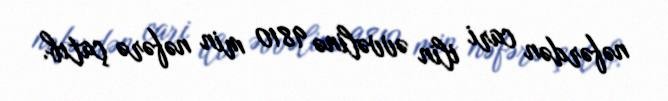
nəfərdən cari ilin əvvəlinə 9810 min nəfərə çatıb.